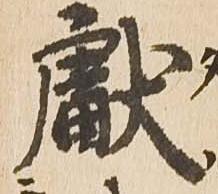
献